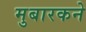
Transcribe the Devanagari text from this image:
मुबारकने